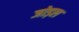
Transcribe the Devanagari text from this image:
जोड़ल